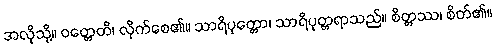
အလိုသို့။ ဝတ္တေတိ၊ လိုက်စေ၏။ သာရိပုတ္တော၊ သာရိပုတ္တရာသည်။ စိတ္တဿ၊ စိတ်၏။